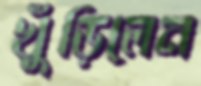
খুঁড়িলেন